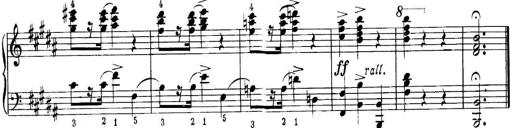
Title: Quatres sonatines
Composer: Tadeusz Joteyko